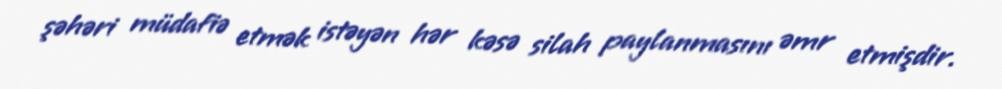
şəhəri müdafiə etmək istəyən hər kəsə silah paylanmasını əmr etmişdir.